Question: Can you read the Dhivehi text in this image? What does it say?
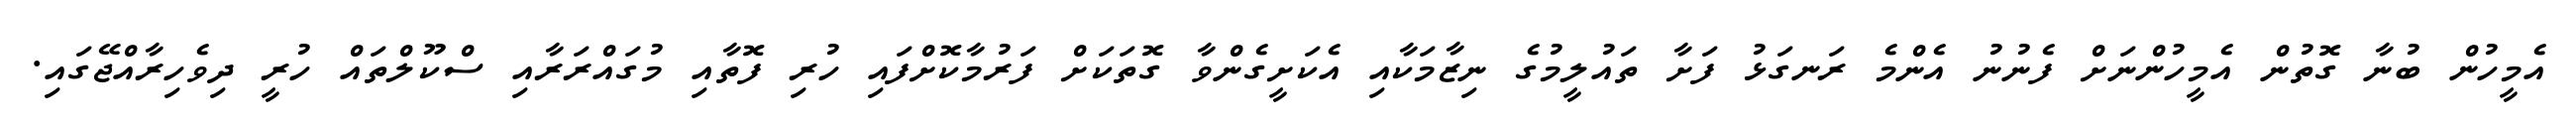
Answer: އެމީހުން ބުނާ ގޮތުން އެމީހުންނަށް ފެނުނު އެންމެ ރަނގަޅު ފަށާ ތައުލީމުގެ ނިޒާމަކާއި އެކަށީގެންވާ ގޮތަކަށް ފަރުމާކޮށްފައި ހުރި ފޮތާއި މުގައްރަރާއި ސްކޫލްތައް ހުރީ ދިވެހިރާއްޖޭގައި.